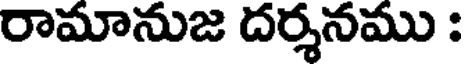
రామానుజ దర్శనము :